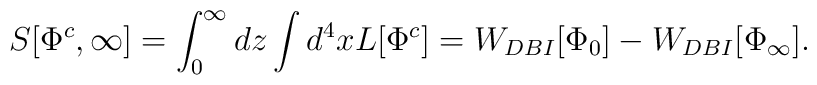
S[\Phi^c, \infty ]=\int^{\infty}_{0}dz\int d^4x L[\Phi^c ]=W_{DBI}[\Phi_0] -W_{DBI}[\Phi_{\infty}].